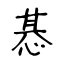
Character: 惎